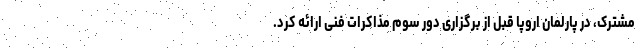
مشترک، در پارلمان اروپا قبل از برگزاری دور سوم مذاکرات فنی ارائه کرد.